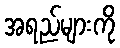
အရည်များကို